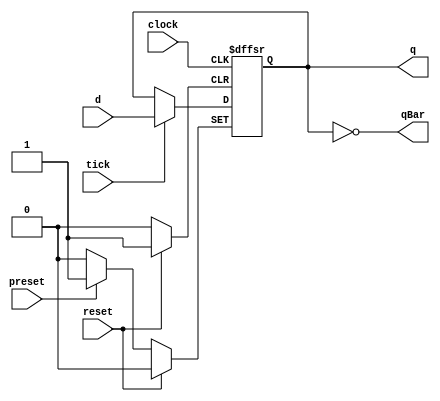
/******************************************************************************
 ** Logisim-evolution goes FPGA automatic generated Verilog code             **
 ** https://github.com/logisim-evolution/                                    **
 **                                                                          **
 ** Component : D_FLIPFLOP                                                   **
 **                                                                          **
 *****************************************************************************/

module D_FLIPFLOP( clock,
                   d,
                   preset,
                   q,
                   qBar,
                   reset,
                   tick );

   /*******************************************************************************
   ** Here all module parameters are defined with a dummy value                  **
   *******************************************************************************/
   parameter invertClockEnable = 1;

   /*******************************************************************************
   ** The inputs are defined here                                                **
   *******************************************************************************/
   input clock;
   input d;
   input preset;
   input reset;
   input tick;

   /*******************************************************************************
   ** The outputs are defined here                                               **
   *******************************************************************************/
   output q;
   output qBar;

   /*******************************************************************************
   ** The wires are defined here                                                 **
   *******************************************************************************/
   wire s_clock;
   wire s_nextState;

   /*******************************************************************************
   ** The registers are defined here                                             **
   *******************************************************************************/
   reg s_currentState;

   /*******************************************************************************
   ** The module functionality is described here                                 **
   *******************************************************************************/

   /*******************************************************************************
   ** Here the output signals are defined                                        **
   *******************************************************************************/
   assign q        = s_currentState;
   assign qBar     = ~(s_currentState);
   assign s_clock  = (invertClockEnable == 0) ? clock : ~clock;

   /*******************************************************************************
   ** Here the initial register value is defined; for simulation only            **
   *******************************************************************************/
   initial
   begin
      s_currentState = 0;
   end

   /*******************************************************************************
   ** Here the update logic is defined                                           **
   *******************************************************************************/
   assign s_nextState  =  d;

   /*******************************************************************************
   ** Here the actual state register is defined                                  **
   *******************************************************************************/
   always @(posedge reset or posedge preset or posedge s_clock)
   begin
      if (reset) s_currentState <= 1'b0;
      else if (preset) s_currentState <= 1'b1;
      else if (tick) s_currentState <= s_nextState;
   end

endmodule